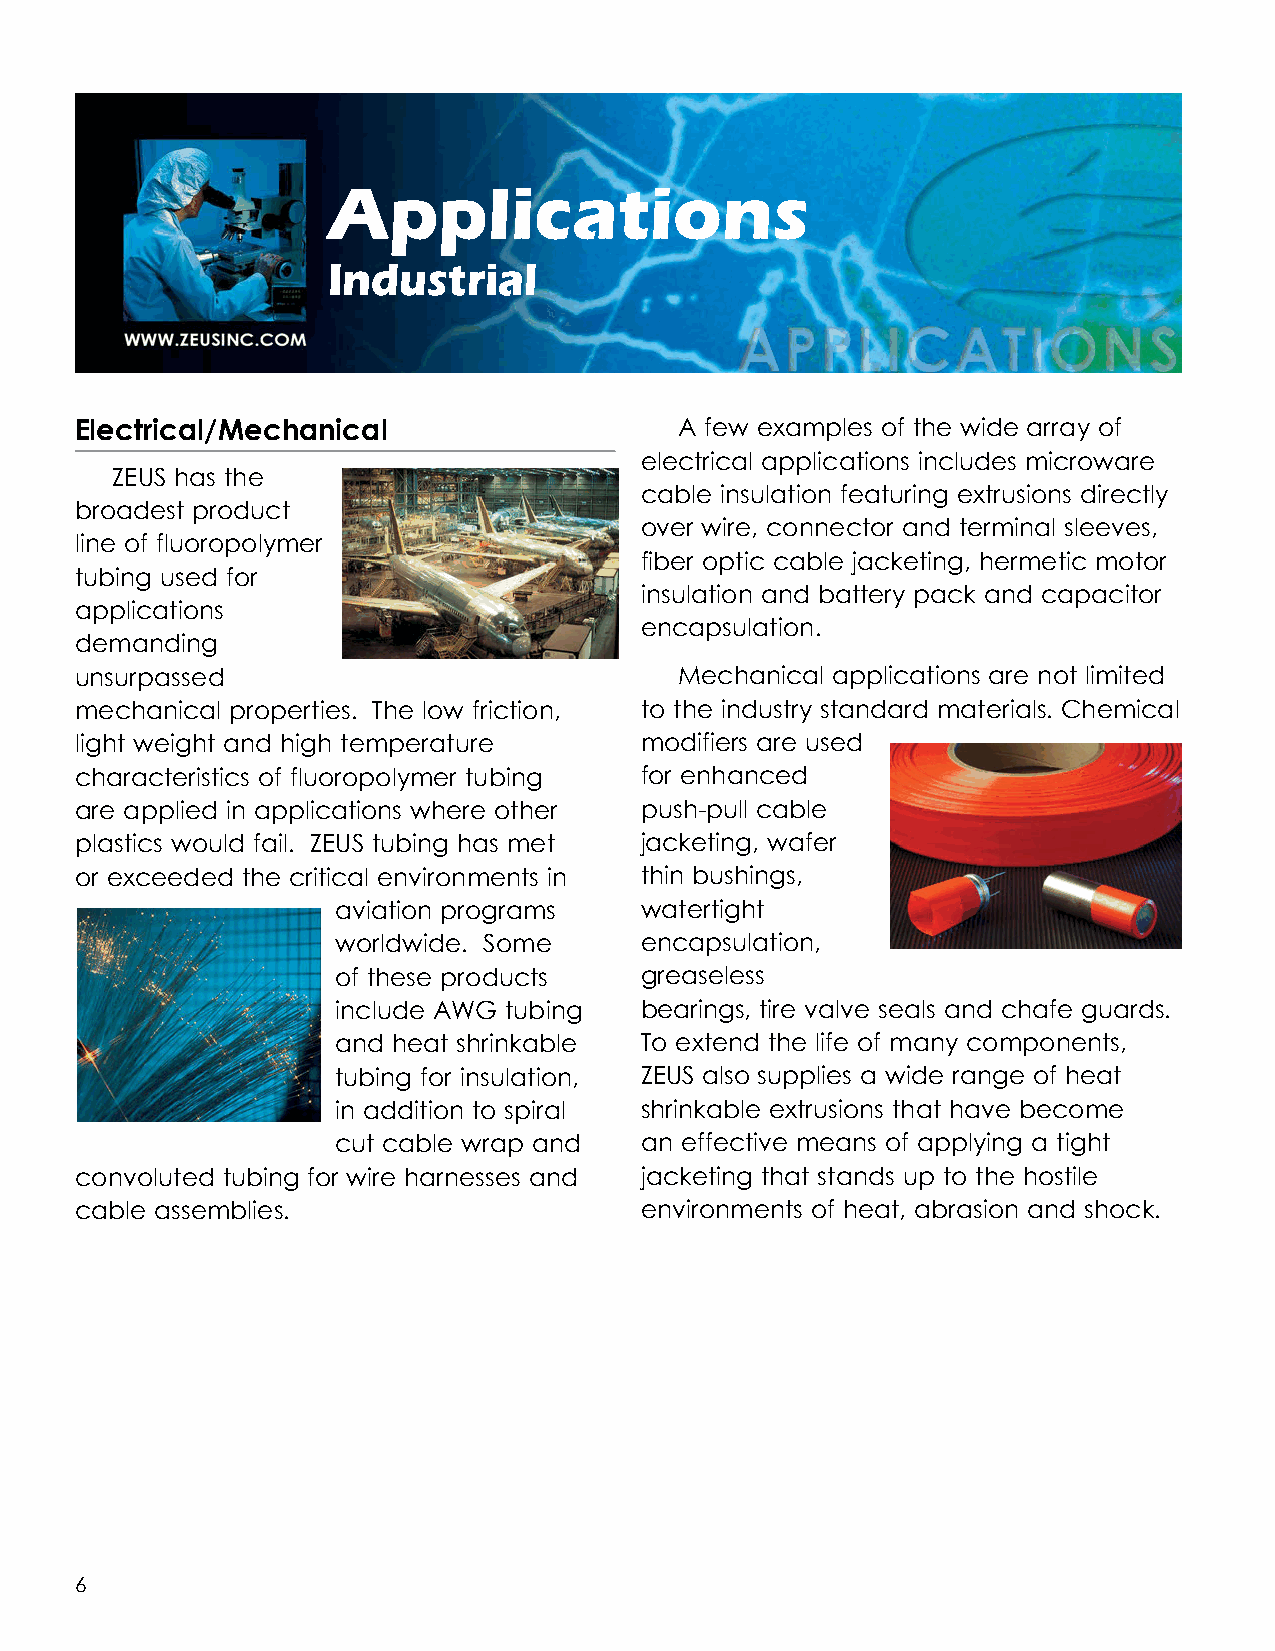
Applications
 Industrial
 Electrical/Mechanical                   A few examples of the wide array of
 electrical applications includes microware
 ZEUS has the
 cable insulation featuring extrusions directly
 broadest product
 over wire, connector and terminal sleeves,
 line of fluoropolymer
 fiber optic cable jacketing, hermetic motor
 tubing used for
 insulation and battery pack and capacitor
 applications
 encapsulation.
 demanding
 unsurpassed                             Mechanical applications are not limited
 mechanical properties. The low friction, to the industry standard materials. Chemical
 light weight and high temperature    modifiers are used
 characteristics of fluoropolymer tubing for enhanced
 are applied in applications where other push-pull cable
 plastics would fail. ZEUS tubing has met jacketing, wafer
 or exceeded the critical environments in thin bushings,
 aviation programs   watertight
 worldwide. Some     encapsulation,
 of these products   greaseless
 include AWG tubing  bearings, tire valve seals and chafe guards.
 and heat shrinkable To extend the life of many components,
 tubing for insulation, ZEUS also supplies a wide range of heat
 in addition to spiral shrinkable extrusions that have become
 cut cable wrap and  an effective means of applying a tight
 convoluted tubing for wire harnesses and jacketing that stands up to the hostile
 cable assemblies.                    environments of heat, abrasion and shock.
 6